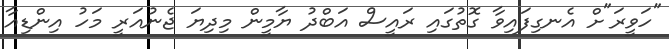
"ހަވީރަ"ށް އެނގިފައިވާ ގޮތުގައި ރައީސް އަބްދު ޔާމީން މިދިޔަ ޖެނުއަރީ މަހު އިންޑިއާ